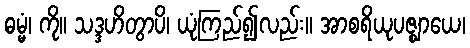
ဓမ္မံ၊ ကို။ သဒ္ဒဟိတွာပိ၊ ယုံကြည်၍လည်း။ အာစရိယုပဇ္ဈာယေ၊